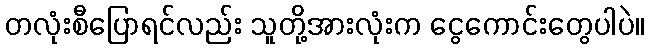
တလုံးစီပြောရင်လည်း သူတို့အားလုံးက ငွေကောင်းတွေပါပဲ။